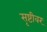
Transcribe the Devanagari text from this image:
सृष्टीवर